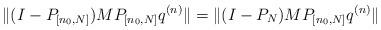
LaTeX: \begin{align*} & \|(I - P_{[n_{0},N]}) M P_{[n_{0},N]} q^{(n)} \|=\|(I - P_N) M P_{[n_{0},N]} q^{(n)} \| \end{align*}